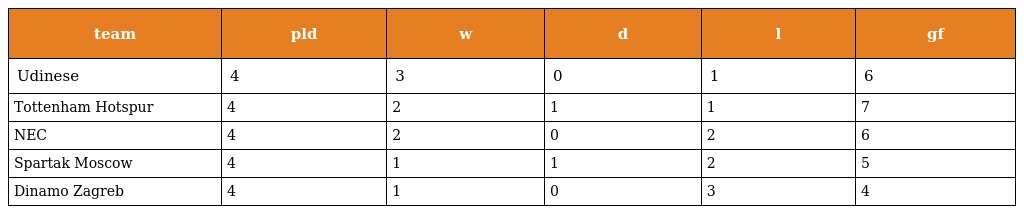
| team | pld | w | d | l | gf |
 | --- | --- | --- | --- | --- | --- |
 | Udinese | 4 | 3 | 0 | 1 | 6 |
 | Tottenham Hotspur | 4 | 2 | 1 | 1 | 7 |
 | NEC | 4 | 2 | 0 | 2 | 6 |
 | Spartak Moscow | 4 | 1 | 1 | 2 | 5 |
 | Dinamo Zagreb | 4 | 1 | 0 | 3 | 4 |